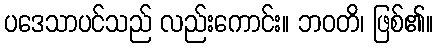
ပဒေသာပင်သည် လည်းကောင်း။ ဘဝတိ၊ ဖြစ်၏။